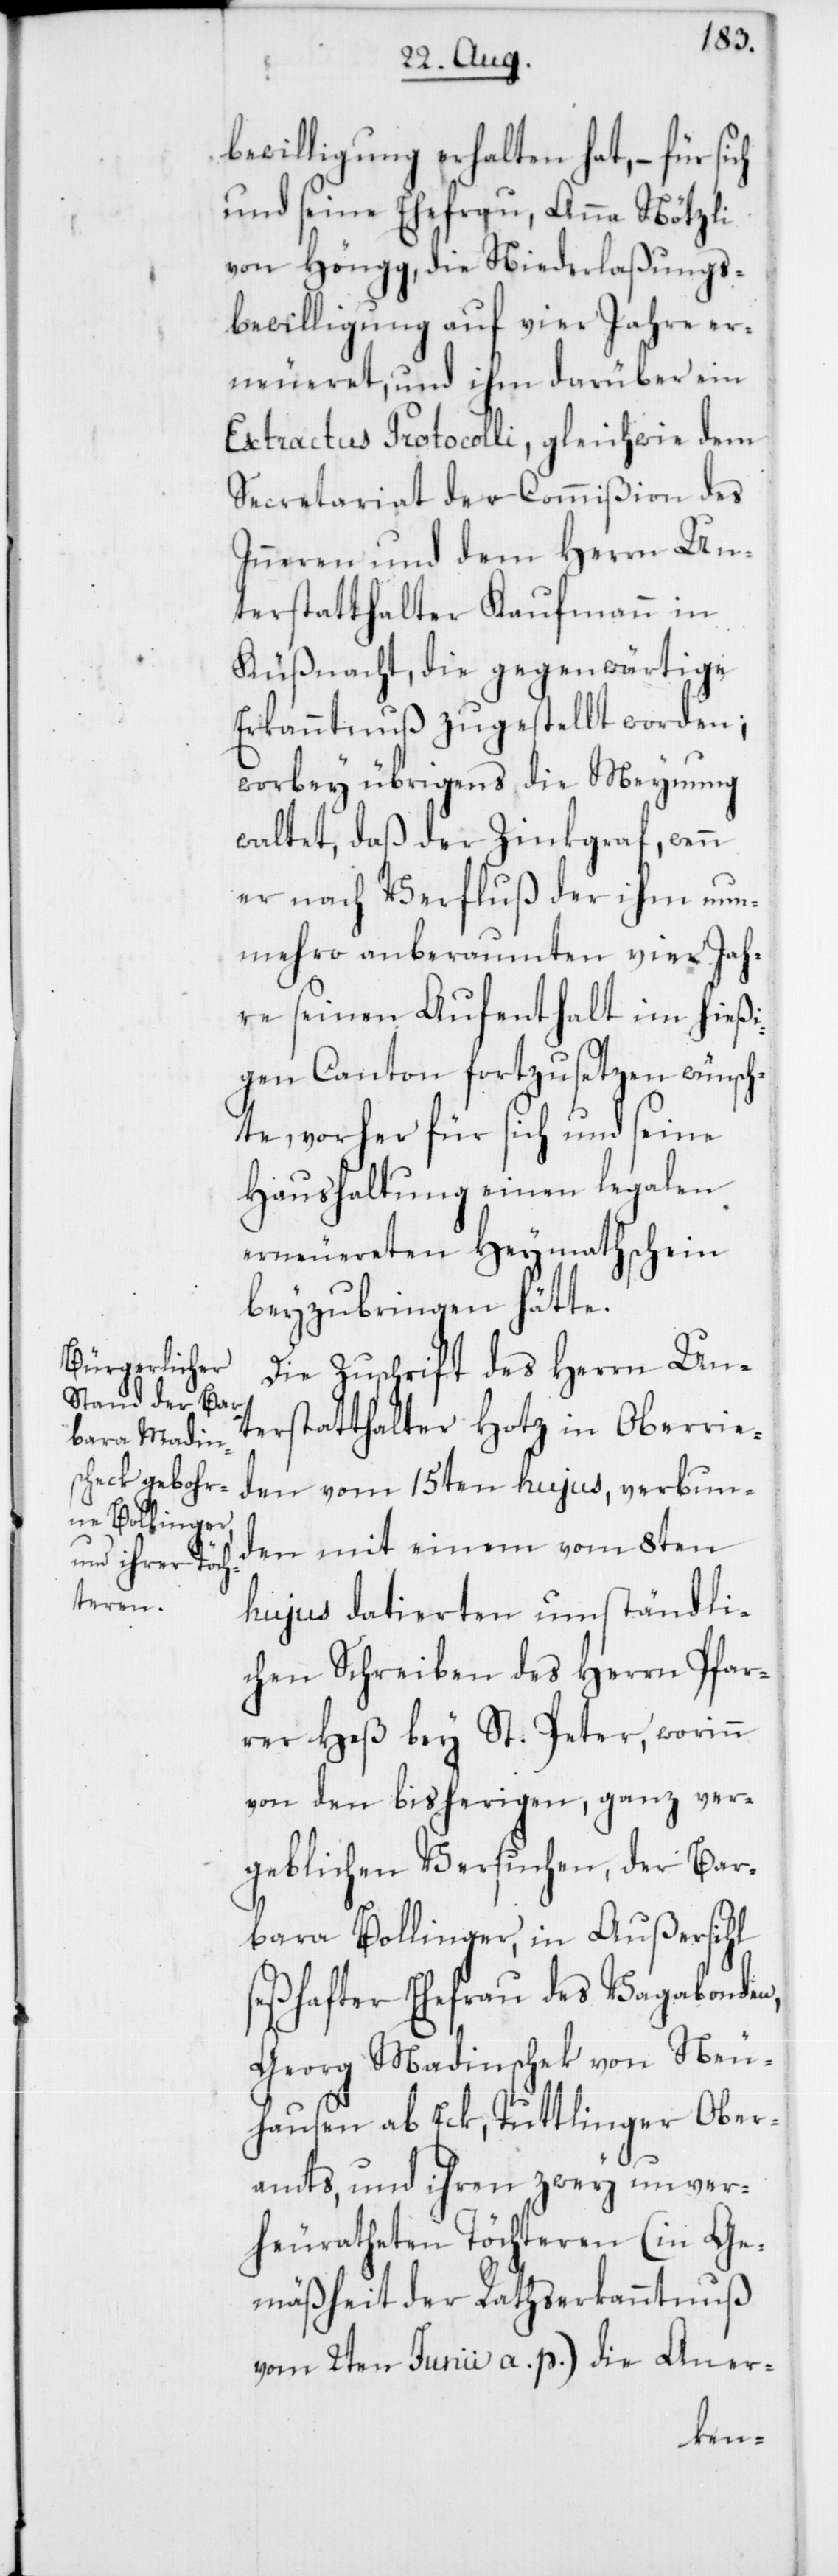
bewilligung erhalten hat, – für sich
und seine Ehefrau, Anna Nötzli
von Höngg, die Niederlaßungs¬
bewilligung auf vier Jahre er¬
neueret, und ihm darüber ein
Extractus Protocolli, gleichwie dem
Secretariat der Commißion des
Inneren und dem Herrn Un¬
terstatthalter Kaufmann in
Küßnacht, die gegenwärtige
Erkanntnuß zugestellt worden;
worbey übrigens die Meynung
waltet, daß der Zinkgraf, wenn
er nach Verfluß der ihm nun¬
mehro anberaumten vier Jah¬
re seinen Aufenthalt im hießi¬
gen Canton fortzusetzen wünsch¬
te, vorher für sich und seine
Haushaltung einen legalen
erneuereten Heymathschein
beyzubringen hätte.
Die Zuschrift des Herrn Un¬
terstatthalter Hotz in Oberrie¬
den vom 15ten hujus, verbun¬
den mit einem vom 8ten
hujus datierten umständli¬
chen Schreiben des Herrn Pfar¬
rer Heß bey St. Peter, worinn
von den bisherigen, ganz ver¬
geblichen Versuchen, der Bar¬
bara Bollinger, in Außersihl
seßhafter Ehefrau des Vagabonden,
Georg Madinschek von Neu¬
hausen ab Eck, Tuttlinger Ober¬
amts, und ihren zwey unver¬
heuratheten Töchteren (in Ge¬
mäßheit der Rathserkanntnuß
vom 2ten Junii a. p.) die Aner-